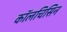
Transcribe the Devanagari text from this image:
कॉलचिसिन